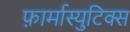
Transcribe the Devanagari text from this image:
फ़ार्मास्युटिक्स